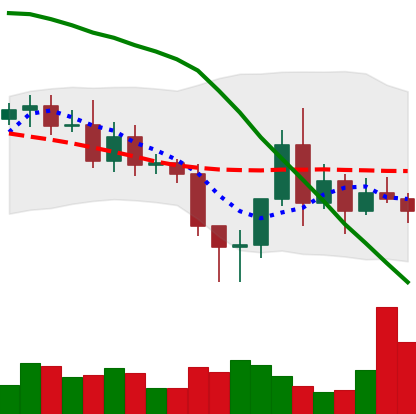
Ticker: ETC-USD
Chart end date: 2020-11-12
Forward return: 14.592%
Label: up_7plus